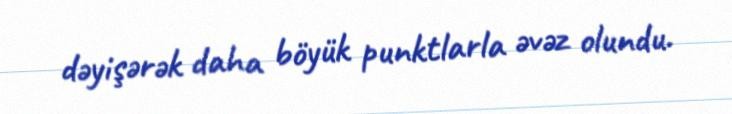
dəyişərək daha böyük punktlarla əvəz olundu.